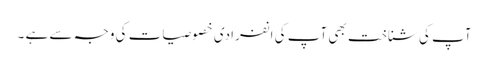
آپ کی شناخت بھی آپ کی انفرادی خصوصیات کی وجہ سے ہے ۔